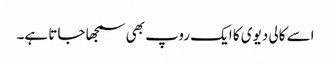
اسے کالی دیوی کا ایک روپ بھی سمجھا جاتا ہے۔